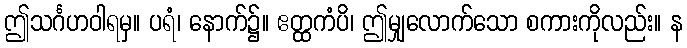
ဤသင်္ဂဟဝါရမှ။ ပရံ၊ နောက်၌။ ဧတ္ထကံပိ၊ ဤမျှလောက်သော စကားကိုလည်း။ န